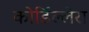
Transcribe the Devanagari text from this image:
कोर्डिल्लेरा